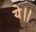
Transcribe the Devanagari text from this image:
ये।।